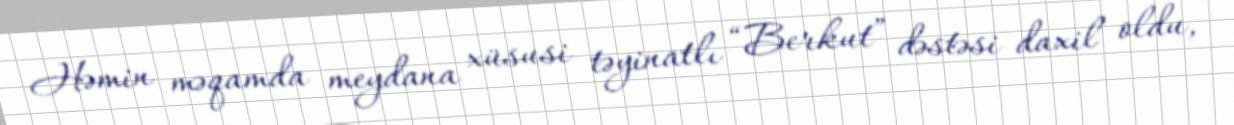
Həmin məqamda meydana xüsusi təyinatlı “Berkut” dəstəsi daxil oldu,